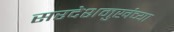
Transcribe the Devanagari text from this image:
सरदेशमुखंच्या